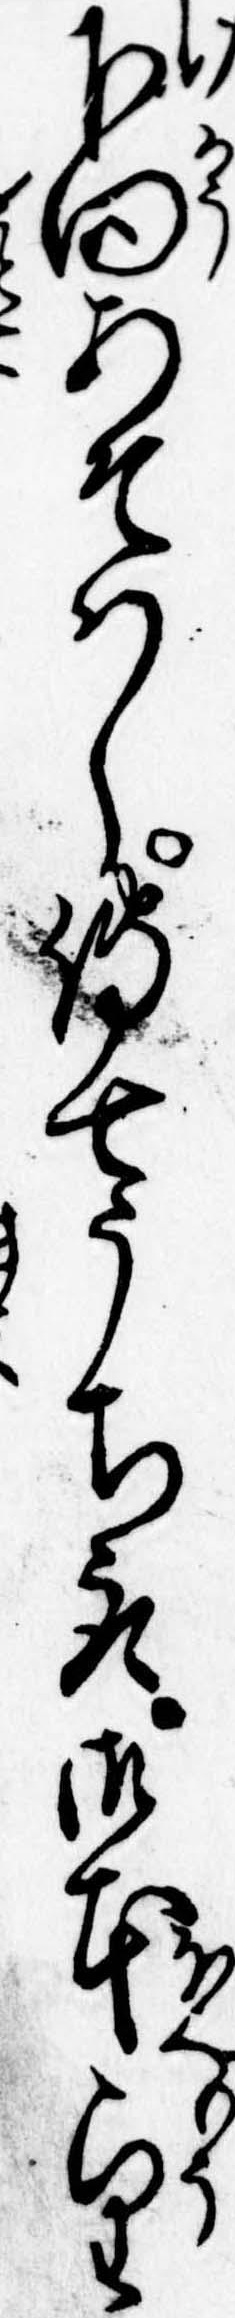
下向あそはし伝七うち取御本望